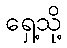
ရှေ့သို့